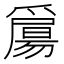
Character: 𤔰